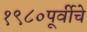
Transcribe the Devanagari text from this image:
१९८०पूर्वीचे